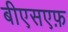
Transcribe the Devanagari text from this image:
बीएसएफ़